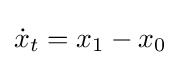
{\dot {x}}_{t}=x_{1}-x_{0}